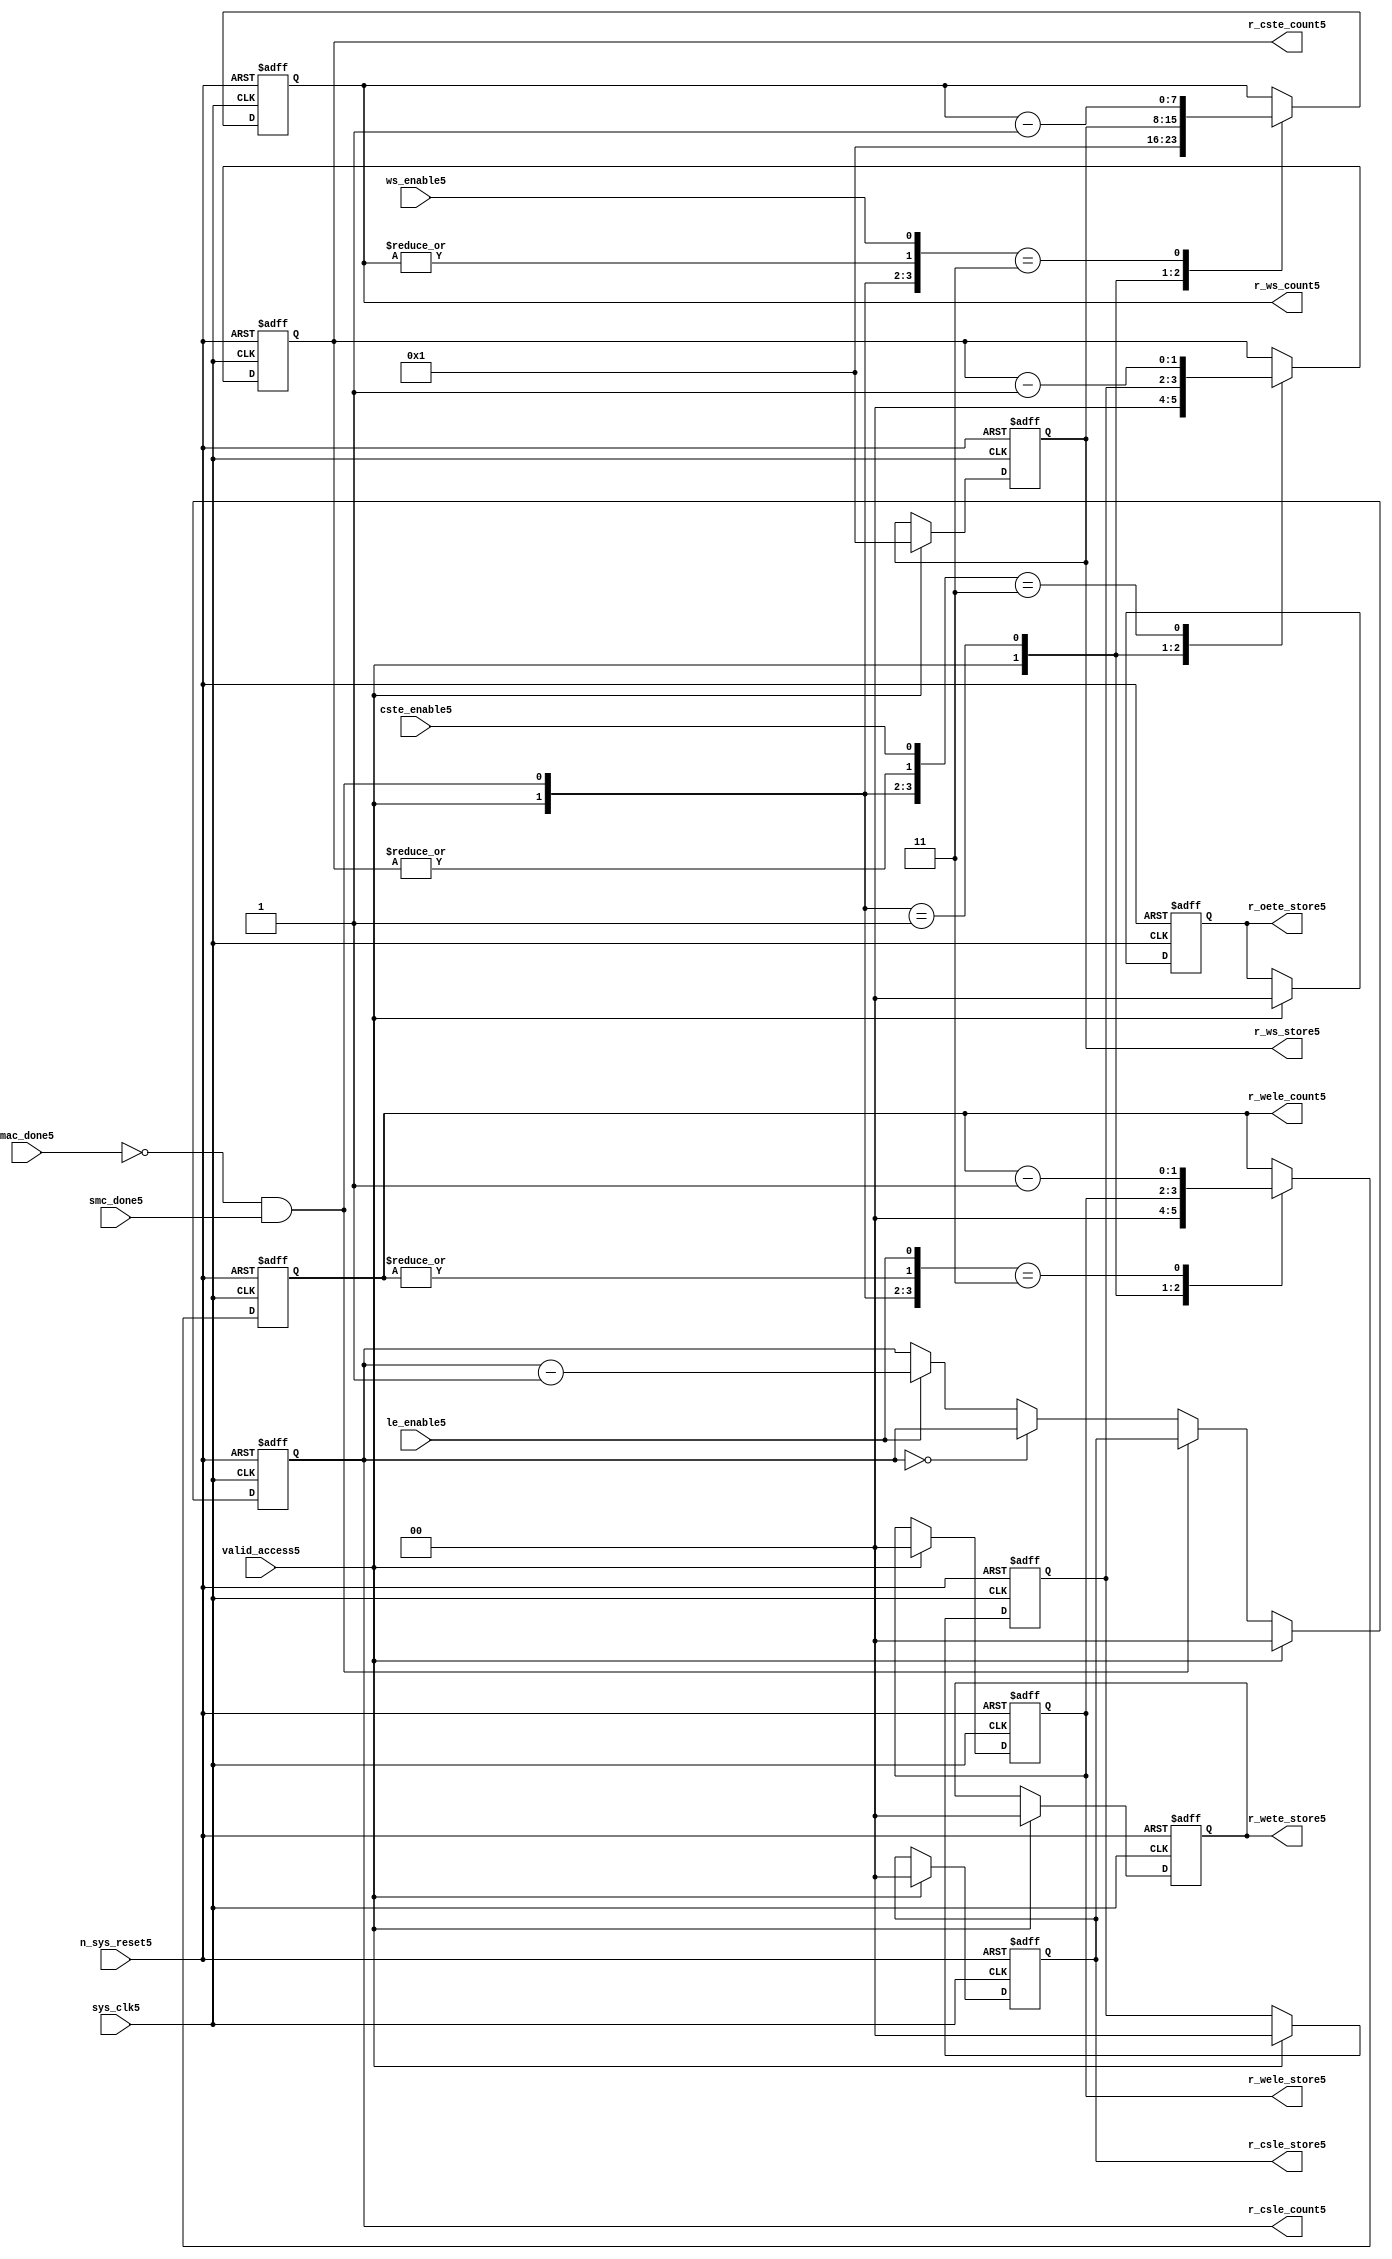
//File5 name   : smc_counter_lite5.v
//Title5       : 
//Created5     : 1999
//Description5 : Counter5 block.
//            : Static5 Memory Controller5.
//            : The counter block provides5 generates5 all cycle timings5
//            : The leading5 edge counts5 are individual5 2bit, loadable5,
//            : counters5. The wait state counter is a count down
//            : counter with a maximum size of 5 bits. The trailing5
//            : edge counts5 are registered for comparison5 with the
//            : wait state counter. The bus float5 (CSTE5) is a
//            : separate5 2bit counter. The initial count values are
//            : stored5 and reloaded5 into the counters5 if multiple
//            : accesses are required5.
//Notes5       : 
//----------------------------------------------------------------------
//   Copyright5 1999-2010 Cadence5 Design5 Systems5, Inc5.
//   All Rights5 Reserved5 Worldwide5
//
//   Licensed5 under the Apache5 License5, Version5 2.0 (the
//   "License5"); you may not use this file except5 in
//   compliance5 with the License5.  You may obtain5 a copy of
//   the License5 at
//
//       http5://www5.apache5.org5/licenses5/LICENSE5-2.0
//
//   Unless5 required5 by applicable5 law5 or agreed5 to in
//   writing, software5 distributed5 under the License5 is
//   distributed5 on an "AS5 IS5" BASIS5, WITHOUT5 WARRANTIES5 OR5
//   CONDITIONS5 OF5 ANY5 KIND5, either5 express5 or implied5.  See
//   the License5 for the specific5 language5 governing5
//   permissions5 and limitations5 under the License5.
//----------------------------------------------------------------------


module smc_counter_lite5  (
                     //inputs5

                     sys_clk5,
                     n_sys_reset5,
                     valid_access5,
                     mac_done5, 
                     smc_done5, 
                     cste_enable5, 
                     ws_enable5,
                     le_enable5, 

                     //outputs5

                     r_csle_count5,
                     r_wele_count5,
                     r_ws_count5,
                     r_ws_store5,
                     r_oete_store5,
                     r_wete_store5,
                     r_wele_store5,
                     r_cste_count5,
                     r_csle_store5);
   

//----------------------------------------------------------------------
// the Wait5 State5 Counter5
//----------------------------------------------------------------------
   
   
   // I5/O5
   
   input     sys_clk5;                  // AHB5 System5 clock5
   input     n_sys_reset5;              // AHB5 System5 reset (Active5 LOW5)
   
   input     valid_access5;             // load5 values are valid if high5
   input     mac_done5;                 // All cycles5 in a multiple access

   //  completed
   
   input                 smc_done5;   // one access completed
   input                 cste_enable5;// Enable5 CS5 Trailing5 Edge5 counter
   input                 ws_enable5;  // Enable5 Wait5 State5 counter
   input                 le_enable5;  // Enable5 all Leading5 Edge5 counters5
   
   // Counter5 outputs5
   
   output [1:0]             r_csle_count5;  //chip5 select5 leading5
                                             //  edge count
   output [1:0]             r_wele_count5;  //write strobe5 leading5 
                                             // edge count
   output [7:0] r_ws_count5;    //wait state count
   output [1:0]             r_cste_count5;  //chip5 select5 trailing5 
                                             // edge count
   
   // Stored5 counts5 for MAC5
   
   output [1:0]             r_oete_store5;  //read strobe5
   output [1:0]             r_wete_store5;  //write strobe5 trailing5 
                                              // edge store5
   output [7:0] r_ws_store5;    //wait state store5
   output [1:0]             r_wele_store5;  //write strobe5 leading5
                                             //  edge store5
   output [1:0]             r_csle_store5;  //chip5 select5  leading5
                                             //  edge store5
   
   
   // Counters5
   
   reg [1:0]             r_csle_count5;  // Chip5 select5 LE5 counter
   reg [1:0]             r_wele_count5;  // Write counter
   reg [7:0] r_ws_count5;    // Wait5 state select5 counter
   reg [1:0]             r_cste_count5;  // Chip5 select5 TE5 counter
   
   
   // These5 strobes5 finish early5 so no counter is required5. 
   // The stored5 value is compared with WS5 counter to determine5 
   // when the strobe5 should end.

   reg [1:0]    r_wete_store5;    // Write strobe5 TE5 end time before CS5
   reg [1:0]    r_oete_store5;    // Read strobe5 TE5 end time before CS5
   
   
   // The following5 four5 regisrers5 are used to store5 the configuration
   // during mulitple5 accesses. The counters5 are reloaded5 from these5
   // registers before each cycle.
   
   reg [1:0]             r_csle_store5;    // Chip5 select5 LE5 store5
   reg [1:0]             r_wele_store5;    // Write strobe5 LE5 store5
   reg [7:0] r_ws_store5;      // Wait5 state store5
   reg [1:0]             r_cste_store5;    // Chip5 Select5 TE5 delay
                                          //  (Bus5 float5 time)

   // wires5 used for meeting5 coding5 standards5
   
   wire         ws_count5;      //ORed5 r_ws_count5
   wire         wele_count5;    //ORed5 r_wele_count5
   wire         cste_count5;    //ORed5 r_cste_count5
   wire         mac_smc_done5;  //ANDed5 smc_done5 and not(mac_done5)
   wire [4:0]   case_cste5;     //concatenated5 signals5 for case statement5
   wire [4:0]   case_wele5;     //concatenated5 signals5 for case statement5
   wire [4:0]   case_ws5;       //concatenated5 signals5 for case statement5
   
   
   
   // Main5 Code5
   
//----------------------------------------------------------------------
// Counters5 (& Count5 Store5 for MAC5)
//----------------------------------------------------------------------


//----------------------------------------------------------------------
// WETE5 Store5
//----------------------------------------------------------------------

always @(posedge sys_clk5 or negedge n_sys_reset5)

begin   

   if (~(n_sys_reset5))
     
      r_wete_store5 <= 2'b00;
   
   
   else if (valid_access5)
     
      r_wete_store5 <= 2'b0;
   
   else
     
      r_wete_store5 <= r_wete_store5;

end
   
//----------------------------------------------------------------------
// OETE5 Store5
//----------------------------------------------------------------------

always @(posedge sys_clk5 or negedge n_sys_reset5)

begin   

   if (~(n_sys_reset5))
     
      r_oete_store5 <= 2'b00;
   
   
   else if (valid_access5)
     
      r_oete_store5 <= 2'b0;
   
   else

      r_oete_store5 <= r_oete_store5;

end
   
//----------------------------------------------------------------------
// CSLE5 Store5
//----------------------------------------------------------------------

always @(posedge sys_clk5 or negedge n_sys_reset5)

begin   

   if (~(n_sys_reset5))
     
      r_csle_store5 <= 2'b00;
   
   
   else if (valid_access5)
     
      r_csle_store5 <= 2'b00;
   
   else
     
      r_csle_store5 <= r_csle_store5;

end
   
//----------------------------------------------------------------------
// CSLE5 Counter5
//----------------------------------------------------------------------

always @(posedge sys_clk5 or negedge n_sys_reset5)

begin   

   if (~(n_sys_reset5))
     
      r_csle_count5 <= 2'b00;
   
   
   else
   begin
        
      if (valid_access5)
        
         r_csle_count5 <= 2'b00;
      
      else if (~(mac_done5) & smc_done5)
        
         r_csle_count5 <= r_csle_store5;
      
      else if (r_csle_count5 == 2'b00)
        
         r_csle_count5 <= r_csle_count5;
      
      else if (le_enable5)               
        
         r_csle_count5 <= r_csle_count5 - 2'd1;
      
      else
        
          r_csle_count5 <= r_csle_count5;
      
     end

end
   
   
//----------------------------------------------------------------------
// CSTE5 Store5
//----------------------------------------------------------------------

always @(posedge sys_clk5 or negedge n_sys_reset5)

begin   

   if (~(n_sys_reset5))

      r_cste_store5 <= 2'b00;

   else if (valid_access5)

      r_cste_store5 <= 2'b0;

   else

      r_cste_store5 <= r_cste_store5;

end
   
   
   
//----------------------------------------------------------------------
//concatenation5 of signals5 to avoid using nested5 ifs5
//----------------------------------------------------------------------

 assign mac_smc_done5 = (~(mac_done5) & smc_done5);
 assign cste_count5   = (|r_cste_count5);           //checks5 for count = 0
 assign case_cste5   = {1'b0,valid_access5,mac_smc_done5,cste_count5,
                       cste_enable5};
   
//----------------------------------------------------------------------
//CSTE5 COUNTER5
//----------------------------------------------------------------------

always @(posedge sys_clk5 or negedge n_sys_reset5)

begin   

   if (~(n_sys_reset5))

      r_cste_count5 <= 2'b00;

   else 
   begin
      casex(case_cste5)
           
        5'b1xxxx:        r_cste_count5 <= r_cste_count5;

        5'b01xxx:        r_cste_count5 <= 2'b0;

        5'b001xx:        r_cste_count5 <= r_cste_store5;

        5'b0000x:        r_cste_count5 <= r_cste_count5;

        5'b00011:        r_cste_count5 <= r_cste_count5 - 2'd1;

        default :        r_cste_count5 <= r_cste_count5;

      endcase // casex(w_cste_case5)
      
   end
   
end

//----------------------------------------------------------------------
// WELE5 Store5
//----------------------------------------------------------------------

always @(posedge sys_clk5 or negedge n_sys_reset5)

begin   

   if (~(n_sys_reset5))

      r_wele_store5 <= 2'b00;


   else if (valid_access5)

      r_wele_store5 <= 2'b00;

   else

      r_wele_store5 <= r_wele_store5;

end
   
   
   
//----------------------------------------------------------------------
//concatenation5 of signals5 to avoid using nested5 ifs5
//----------------------------------------------------------------------
   
   assign wele_count5   = (|r_wele_count5);         //checks5 for count = 0
   assign case_wele5   = {1'b0,valid_access5,mac_smc_done5,wele_count5,
                         le_enable5};
   
//----------------------------------------------------------------------
// WELE5 Counter5
//----------------------------------------------------------------------

always @(posedge sys_clk5 or negedge n_sys_reset5)

begin   
   if (~(n_sys_reset5))

      r_wele_count5 <= 2'b00;

   else
   begin

      casex(case_wele5)

        5'b1xxxx :  r_wele_count5 <= r_wele_count5;

        5'b01xxx :  r_wele_count5 <= 2'b00;

        5'b001xx :  r_wele_count5 <= r_wele_store5;

        5'b0000x :  r_wele_count5 <= r_wele_count5;

        5'b00011 :  r_wele_count5 <= r_wele_count5 - (2'd1);

        default  :  r_wele_count5 <= r_wele_count5;

      endcase // casex(case_wele5)

   end

end
   
//----------------------------------------------------------------------
// WS5 Store5
//----------------------------------------------------------------------

always @(posedge sys_clk5 or negedge n_sys_reset5)
  
begin   

   if (~(n_sys_reset5))

      r_ws_store5 <= 8'd0;


   else if (valid_access5)

      r_ws_store5 <= 8'h01;

   else

      r_ws_store5 <= r_ws_store5;

end
   
   
   
//----------------------------------------------------------------------
//concatenation5 of signals5 to avoid using nested5 ifs5
//----------------------------------------------------------------------
   
   assign ws_count5   = (|r_ws_count5); //checks5 for count = 0
   assign case_ws5   = {1'b0,valid_access5,mac_smc_done5,ws_count5,
                       ws_enable5};
   
//----------------------------------------------------------------------
// WS5 Counter5
//----------------------------------------------------------------------

always @(posedge sys_clk5 or negedge n_sys_reset5)

begin   

   if (~(n_sys_reset5))

      r_ws_count5 <= 8'd0;

   else  
   begin
   
      casex(case_ws5)
 
         5'b1xxxx :  
            r_ws_count5 <= r_ws_count5;
        
         5'b01xxx :
            r_ws_count5 <= 8'h01;
        
         5'b001xx :  
            r_ws_count5 <= r_ws_store5;
        
         5'b0000x :  
            r_ws_count5 <= r_ws_count5;
        
         5'b00011 :  
            r_ws_count5 <= r_ws_count5 - 8'd1;
        
         default  :  
            r_ws_count5 <= r_ws_count5;

      endcase // casex(case_ws5)
      
   end
   
end  
   
   
endmodule